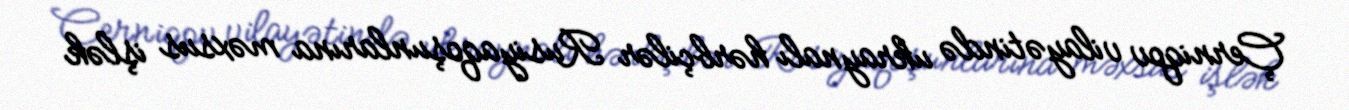
Çerniqov vilayətində ukraynalı hərbçilər Rusiyaqoşunlarına məxsus işlək